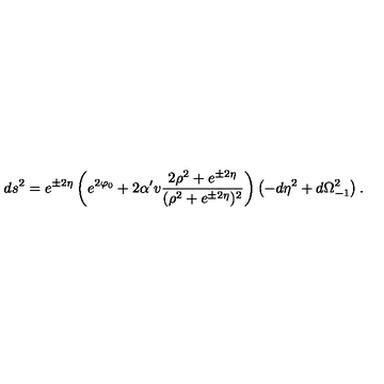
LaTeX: d s ^ { 2 } = e ^ { \pm 2 \eta } \left( e ^ { 2 \varphi _ { 0 } } + 2 \alpha ^ { \prime } v \frac { 2 \rho ^ { 2 } + e ^ { \pm 2 \eta } } { ( \rho ^ { 2 } + e ^ { \pm 2 \eta } ) ^ { 2 } } \right) \left( - d \eta ^ { 2 } + d \Omega _ { - 1 } ^ { 2 } \right) .